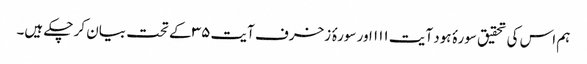
ہم اس کی تحقیق سورۂ ہود آیت ۱۱۱ اور سورۂ زخرف آیت ۳۵ کے تحت بیان کر چکے ہیں۔